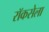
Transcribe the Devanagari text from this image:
रॉकसेला